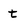
Character: t